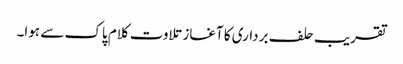
تقریب حلف برداری کا آغاز تلاوت کلام پاک سے ہوا۔